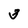
Character: 3